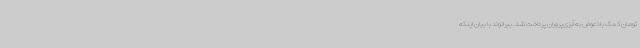
تومان کمک بلاعوض به آبزی‌پروران پرداخت شد. بیرانوند با بیان اینکه